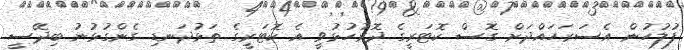
ފުލުހުން އެސަރަހައްދަށް ގޮސް ކޮޓަރީގެ ދޮރުހުޅުވީ އެ ކޮޓަރީގެ ތަޅުދަނޑި ގެންގުޅުނު ބިދޭސީ